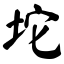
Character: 坨